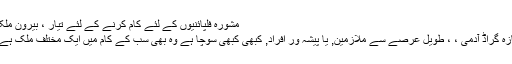
مشورہ فلپائنیوں کے لئے کام کرنے کے لئے تیار ، بیرون ملک
تازہ گراڈ آدمی ، ، طویل عرصے سے ملازمین, یا پیشہ ور افراد, کبھی کبھی سوچا ہے وہ بھی سب کے کام میں ایک مختلف ملک ہے ۔